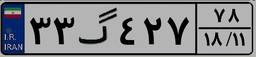
۸۱گ۹۵۳۰۳